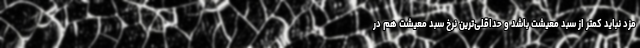
مزد نباید کمتر از سبد معیشت باشد و حداقلی‌ترین نرخ سبد معیشت هم در